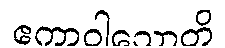
ဧကာဝါသောတိ